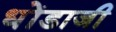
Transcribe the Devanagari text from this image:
धोंडाजी